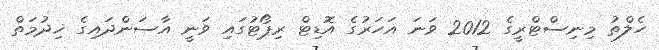
ހެލްތު މިނިސްޓްރީގެ 2012 ވަނަ އަހަރުގެ އޮޑިޓް ރިޕޯޓުގައި ވަނީ އާސަންދައިގެ ޚިދުމަތް